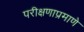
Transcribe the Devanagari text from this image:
परीक्षणाप्रमाणे